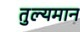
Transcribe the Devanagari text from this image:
तुल्यमान